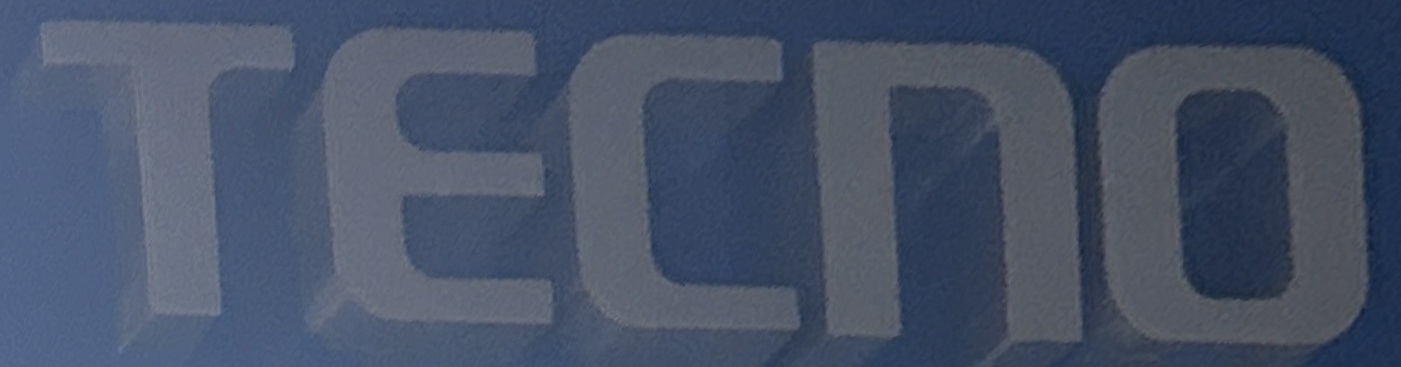
TECNO